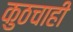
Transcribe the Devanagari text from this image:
कुठचाही